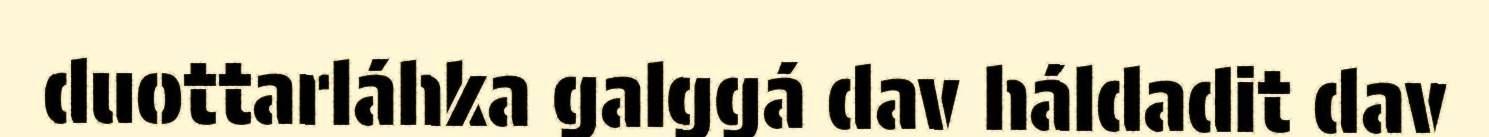
duottarláhka galggá dav háldadit dav